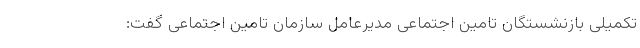
تکمیلی بازنشستگان تامین اجتماعی مدیرعامل سازمان تامین اجتماعی گفت: